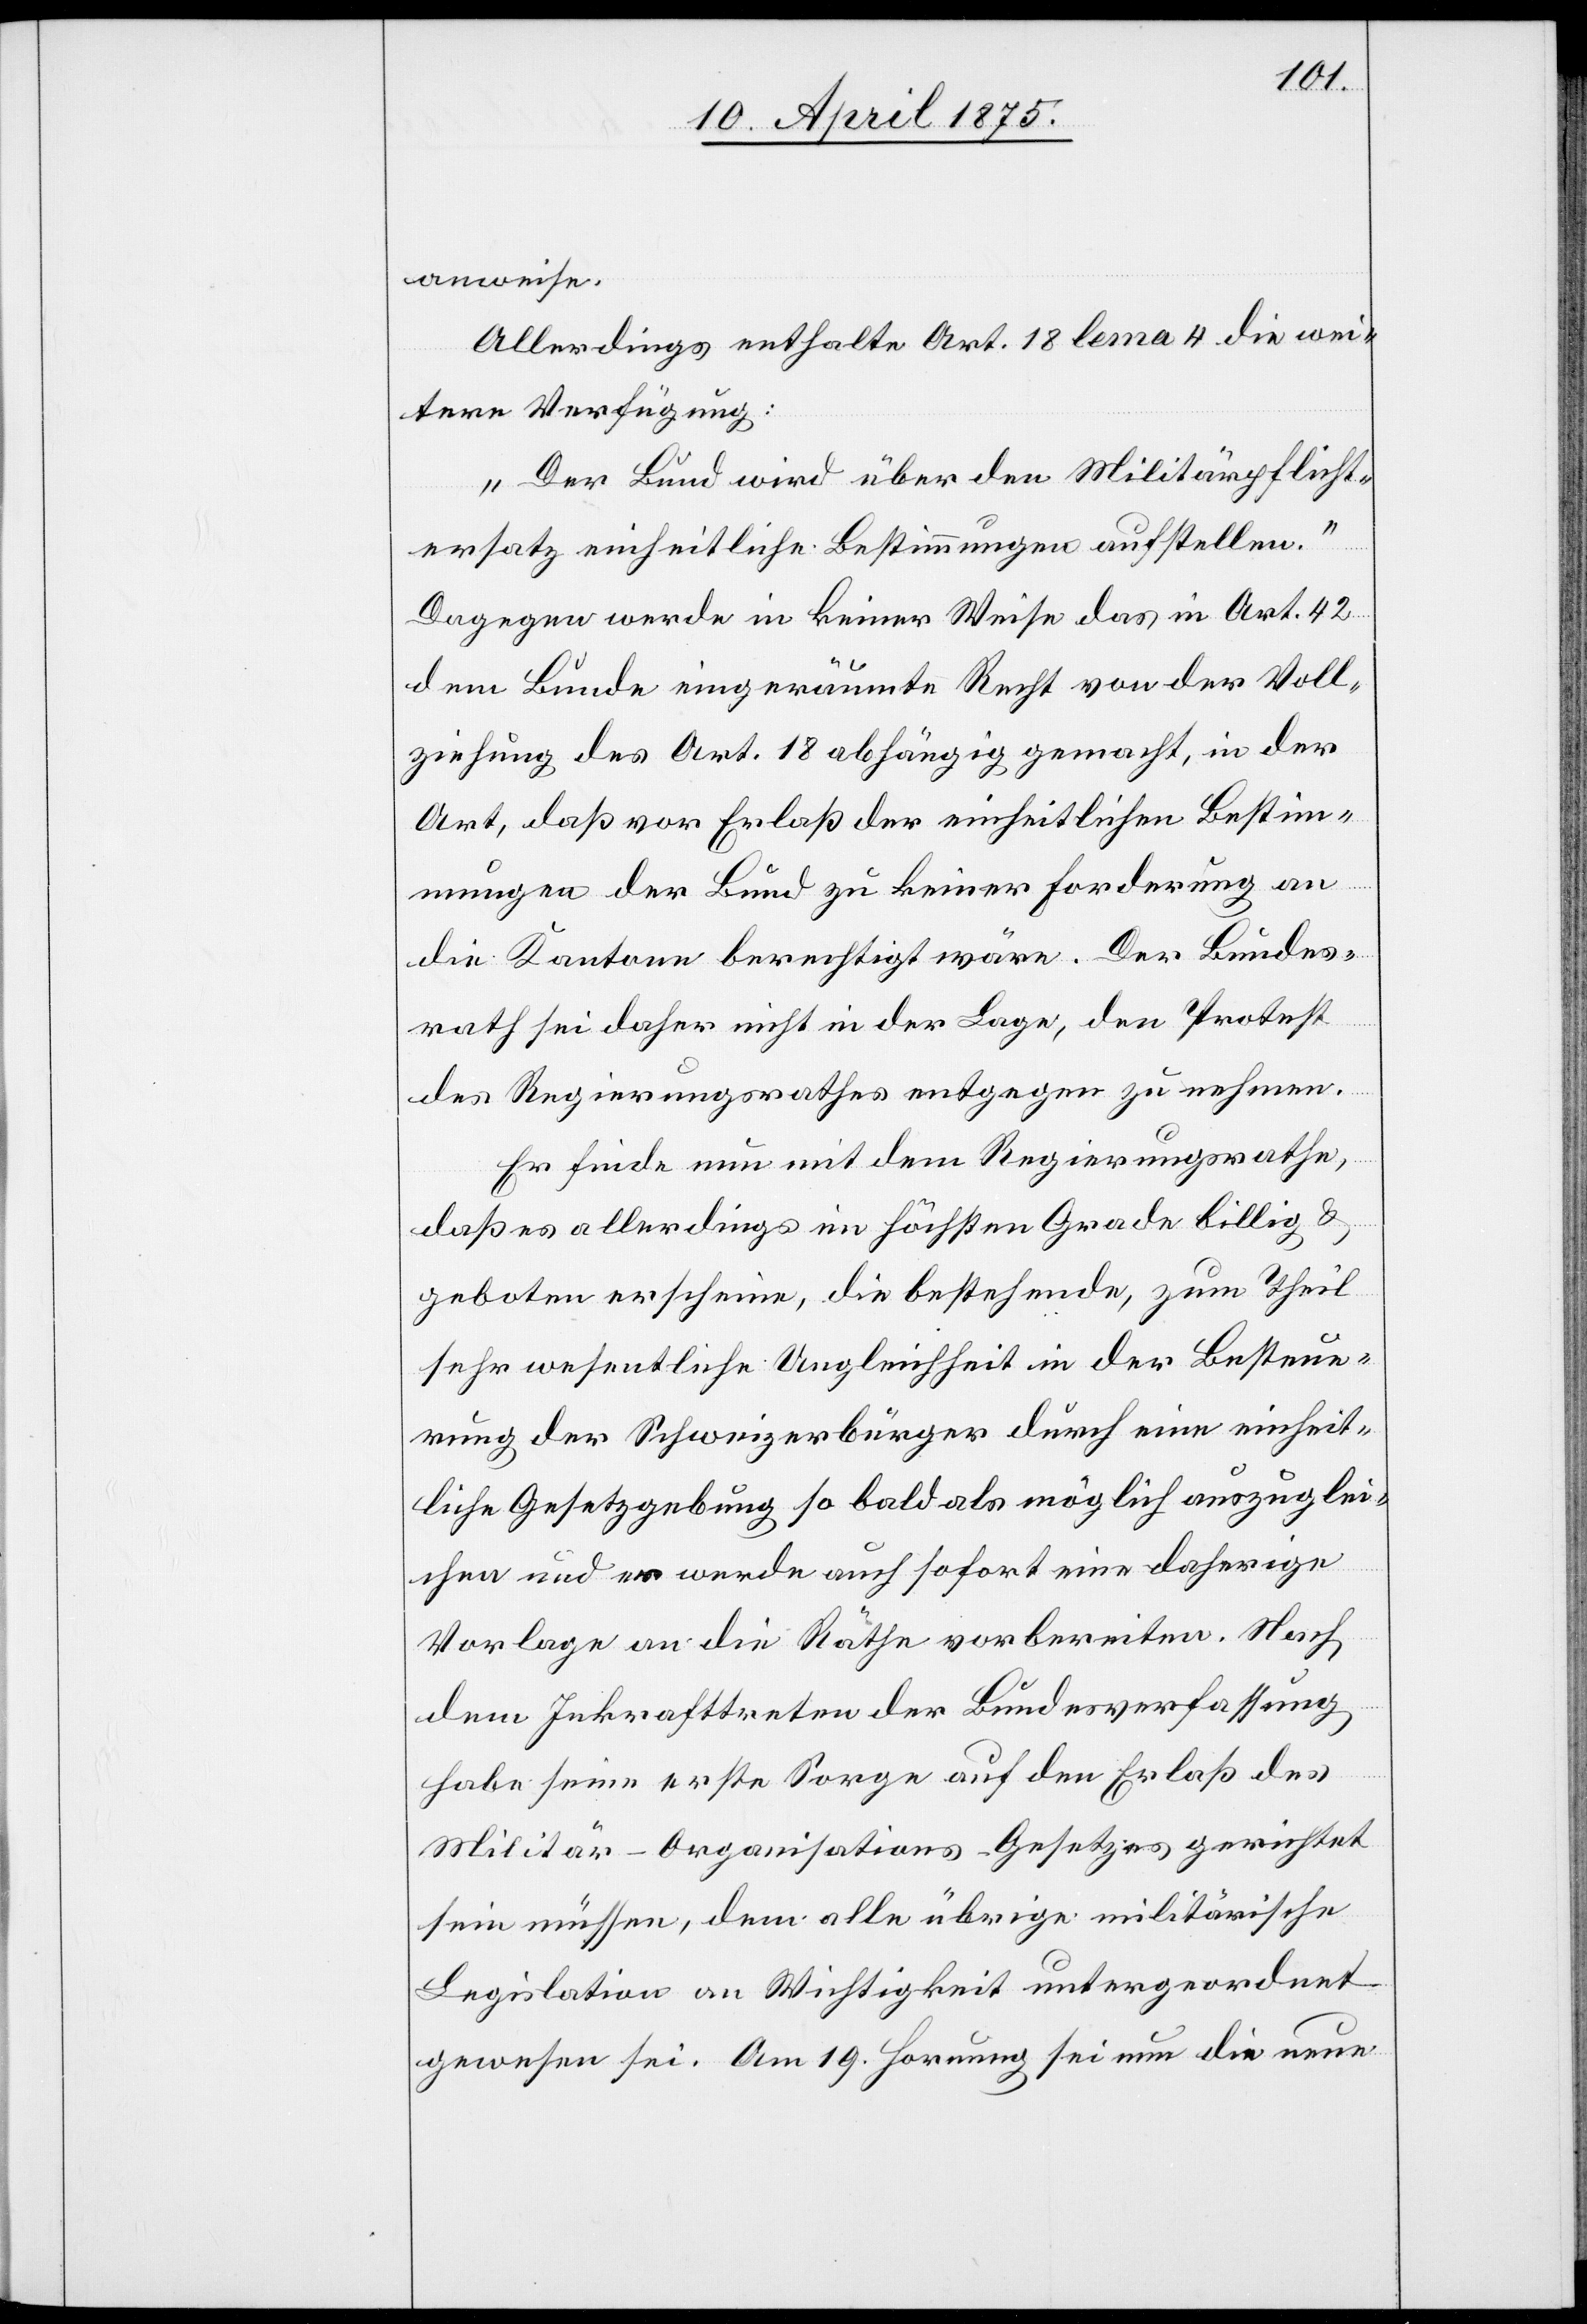
anweise.
Allerdings enthalte Art. 18 lem[m]a 4 die wei¬
tere Verfügung:
„Der Bund wird über den Militärpflicht¬
ersatz einheitliche Bestimmungen aufstellen.“
Dagegen werde in keiner Weise das in Art. 42
dem Bunde eingeräumte Recht von der Voll¬
ziehung des Art. 18 abhängig gemacht, in der
Art, daß vor Erlaß der einheitlichen Bestim¬
mungen der Bund zu keiner Forderung an
die Kantone berechtigt wäre. Der Bundes¬
rath sei daher nicht in der Lage, den Protest
des Regierungsrathes entgegen zu nehmen.
Es finde nun mit dem Regierungsrathe,
daß es allerdings im höchsten Grade billig &
geboten erscheine, die bestehende, zum Theil
sehr wesentliche Ungleichheit in der Besteue¬
rung der Schweizerbürger durch eine einheit¬
liche Gesetzgebung so bald als möglich auszuglei¬
chen und er werde auch sofort eine daherige
Vorlage an die Räthe vorbereiten. Nach
dem Inkrafttreten der Bundesverfassung
habe seine erste Sorge auf den Erlaß des
Militär-Organisations-Gesetzes gerichtet
sein müssen, dem alle übrige militärische
Legislation an Wichtigkeit untergeordnet
gewesen sei. Am 19. Hornung sei nun die neue